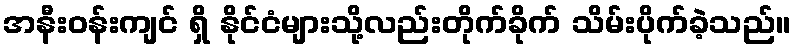
အနီးဝန်းကျင် ရှိ နိုင်ငံများသို့လည်းတိုက်ခိုက် သိမ်းပိုက်ခဲ့သည်။